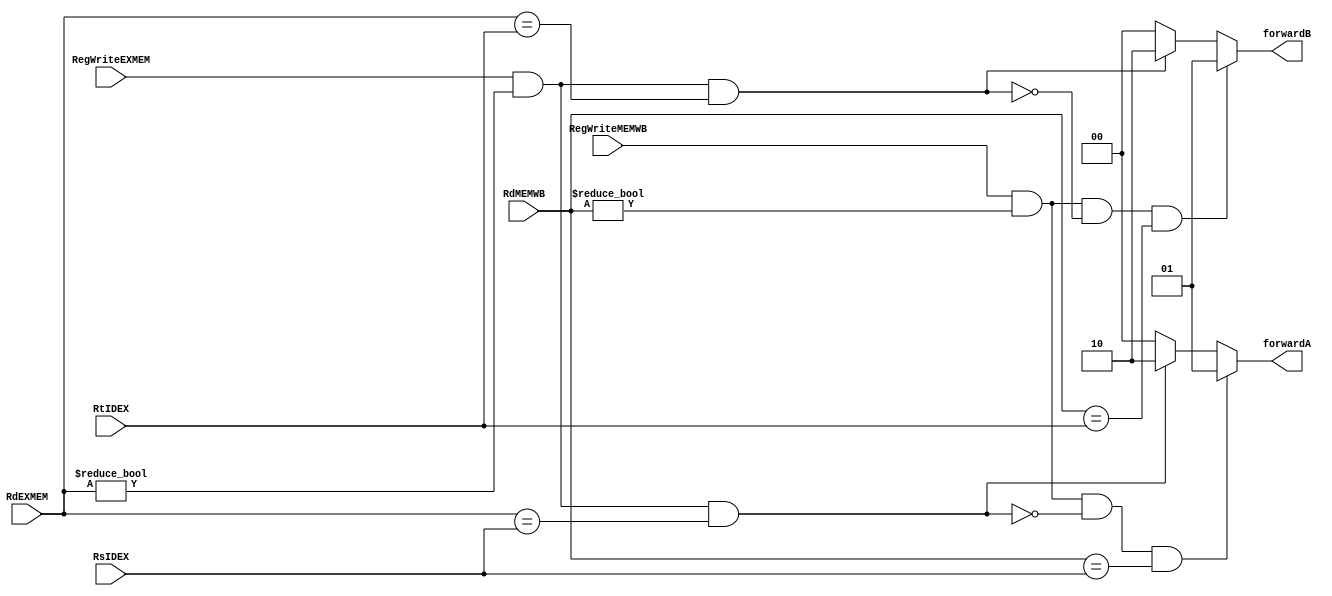
module ForwardingUnit(forwardA, forwardB, RsIDEX, RtIDEX, RdEXMEM, RdMEMWB, RegWriteEXMEM, RegWriteMEMWB);
    output reg [1:0] forwardA, forwardB;
    input [4:0] RsIDEX, RtIDEX, RdEXMEM, RdMEMWB;
    input RegWriteEXMEM, RegWriteMEMWB;

    always @(RsIDEX, RtIDEX, RegWriteEXMEM, RdEXMEM, RegWriteMEMWB, RdMEMWB) begin
        forwardA <= 2'b00;
        forwardB <= 2'b00;
        if ((RegWriteEXMEM == 1'b1) && (RdEXMEM != 5'b00000) && (RdEXMEM == RsIDEX))
            forwardA <= 2'b10;
        
        if ((RegWriteEXMEM == 1'b1) && (RdEXMEM != 5'b00000) && (RdEXMEM == RtIDEX))
            forwardB <= 2'b10;
        
        if ((RegWriteMEMWB == 1'b1) && (RdMEMWB != 5'b00000) && (!((RegWriteEXMEM == 1'b1) && (RdEXMEM != 5'b00000) && (RdEXMEM == RsIDEX))) 
            && (RdMEMWB == RsIDEX))
            forwardA <= 2'b01;
        
        if ((RegWriteMEMWB == 1'b1) && (RdMEMWB != 5'b00000) && !((RegWriteEXMEM == 1'b1) && (RdEXMEM != 5'b00000) && (RdEXMEM == RtIDEX)) 
            && (RdMEMWB == RtIDEX))
            forwardB <= 2'b01;
        
    end

endmodule